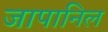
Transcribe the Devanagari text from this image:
जापानिल